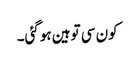
کون سی توہین ہوگئی۔